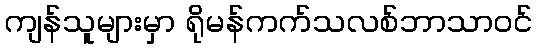
ကျန်သူများမှာ ရိုမန်ကက်သလစ်ဘာသာဝင်